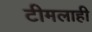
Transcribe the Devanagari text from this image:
टीमलाही